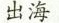
出海